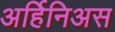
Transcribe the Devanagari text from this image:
अर्हिनिअस